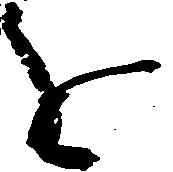
を